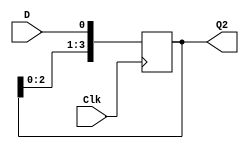
module shift_reg_nb (Clk, D, Q2);
input Clk, D;
output [3:0] Q2;
reg [3:0] Q2;
integer i;
// non-blocking
always@ (posedge Clk)
begin
    for (i = 3; i > 0; i = i-1)
        Q2[i] <= Q2[i-1];
    Q2[0] = D;
end
endmodule